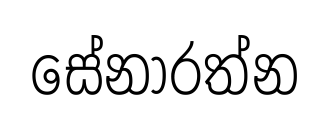
සේනාරත්න